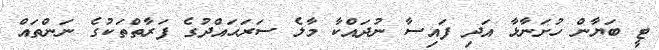
ޓީ ބަޔާން ހުށަނާޅާ އަދި ފައިސާ ނުދައްކާ މާލެ ސަރަޙައްދުގެ ފަރާތްތަކުގެ ނަންތައް